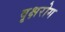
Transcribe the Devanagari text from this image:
वृक्षरोग